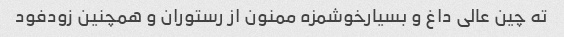
ته چین عالی داغ و بسیارخوشمزه ممنون از رستوران و همچنین زودفود